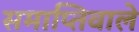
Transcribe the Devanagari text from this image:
समाप्तिवाले